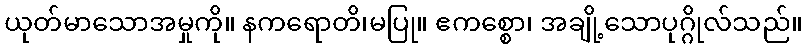
ယုတ်မာသောအမှုကို။ နကရောတိ၊မပြု။ ဧကစ္စော၊ အချို့သောပုဂ္ဂိုလ်သည်။